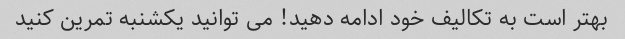
بهتر است به تکالیف خود ادامه دهید! می توانید یکشنبه تمرین کنید